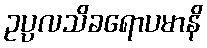
ဥပ္ပလသိခရောပမာနိ